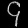
Digit: ၄